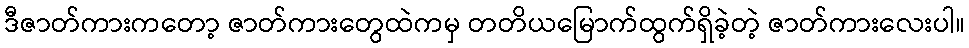
ဒီဇာတ်ကားကတော့ ဇာတ်ကားတွေထဲကမှ တတိယမြောက်ထွက်ရှိခဲ့တဲ့ ဇာတ်ကားလေးပါ။